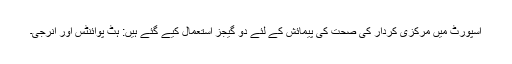
اسپورٹ میں مرکزی کردار کی صحت کی پیمائش کے لئے دو گیجز استعمال کیے گئے ہیں: ہٹ پوائنٹس اور انرجی۔